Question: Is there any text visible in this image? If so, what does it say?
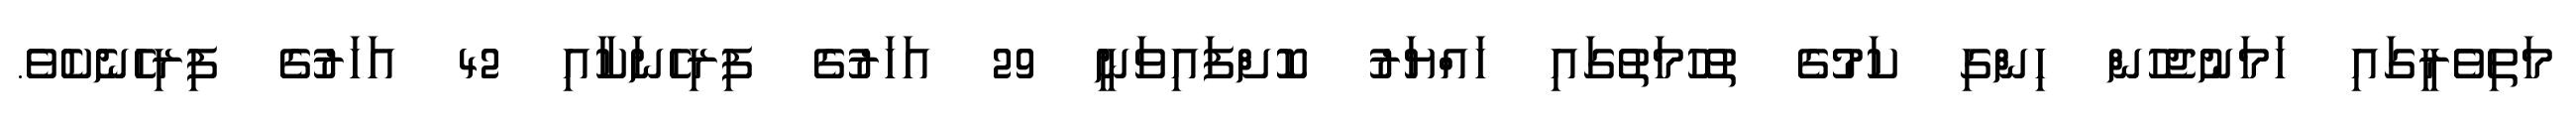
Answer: މަތިވެރީގައި ހަމަނުޖެހުން ހިންގި ކަމުގެ ތުހުމަތުގައި ހައްޔަރު ކޮށްފައިވަނީ 29 އަހަރުގެ ފިރިހެނަކާއި 42 އަހަރުގެ ފިރިހެނެކެވެ.